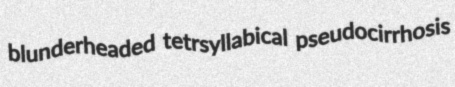
blunderheaded tetrsyllabical pseudocirrhosis